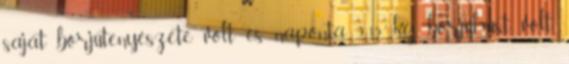
saját borjútenyészete volt és naponta 9-15 kg borjúhúst volt